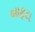
બાફટા